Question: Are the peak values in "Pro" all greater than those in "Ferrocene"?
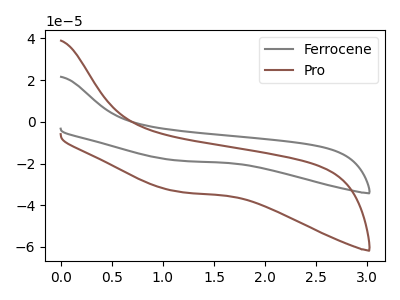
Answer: <think>The gray curve "Ferrocene" has no peaks. The brown curve "Pro" has no peaks.</think>
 <answer>Niether CV has any peaks.</answer>
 <eval>blanks</eval>